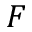
F